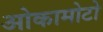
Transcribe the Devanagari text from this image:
ओकामोटो